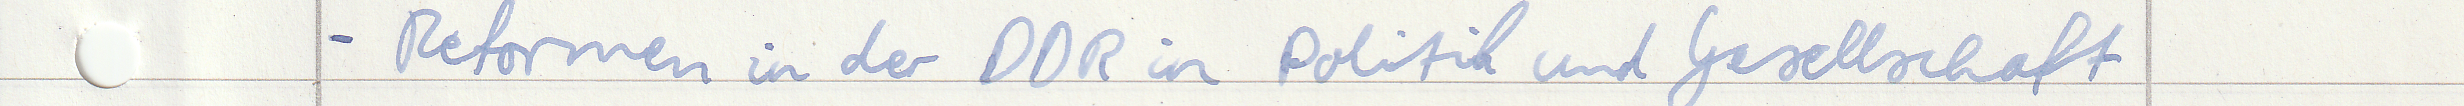
- Reformen in der DDR in Politik und Gesellschaft